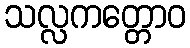
သလ္လကတ္တောဝ